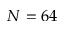
N = 6 4